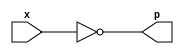
module notgate(
    input x,
    output p
);

assign p = ~x;
endmodule